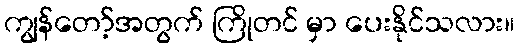
ကျွန်တော့်အတွက် ကြိုတင် မှာ ပေးနိုင်သလား။